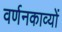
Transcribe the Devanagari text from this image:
वर्णनकाव्यों